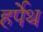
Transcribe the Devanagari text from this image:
हर्पेथ